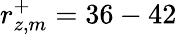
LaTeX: r_{z,m}^{+}=36-42